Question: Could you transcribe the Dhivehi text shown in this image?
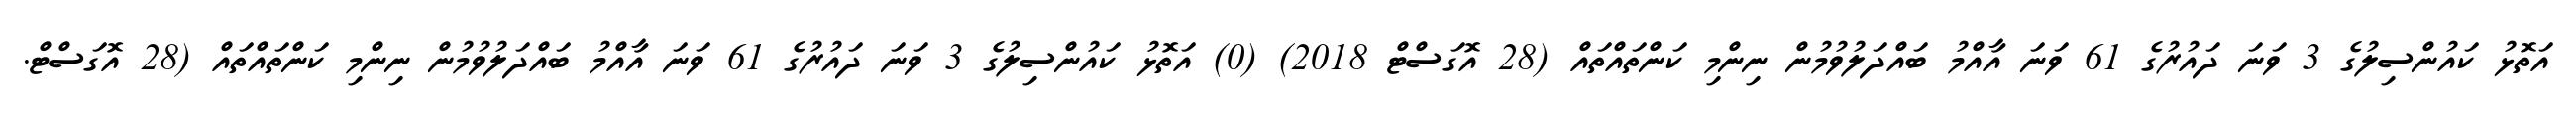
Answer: އަތޮޅު ކައުންސިލުގެ 3 ވަނަ ދައުރުގެ 61 ވަނަ އާއްމު ބައްދަލުވުމުން ނިންމި ކަންތައްތައް (28 އޮގަސްޓް 2018) (0) އަތޮޅު ކައުންސިލުގެ 3 ވަނަ ދައުރުގެ 61 ވަނަ އާއްމު ބައްދަލުވުމުން ނިންމި ކަންތައްތައް (28 އޮގަސްޓް.